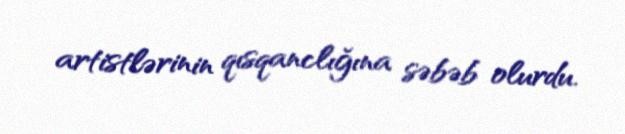
artistlərinin qısqanclığına səbəb olurdu.